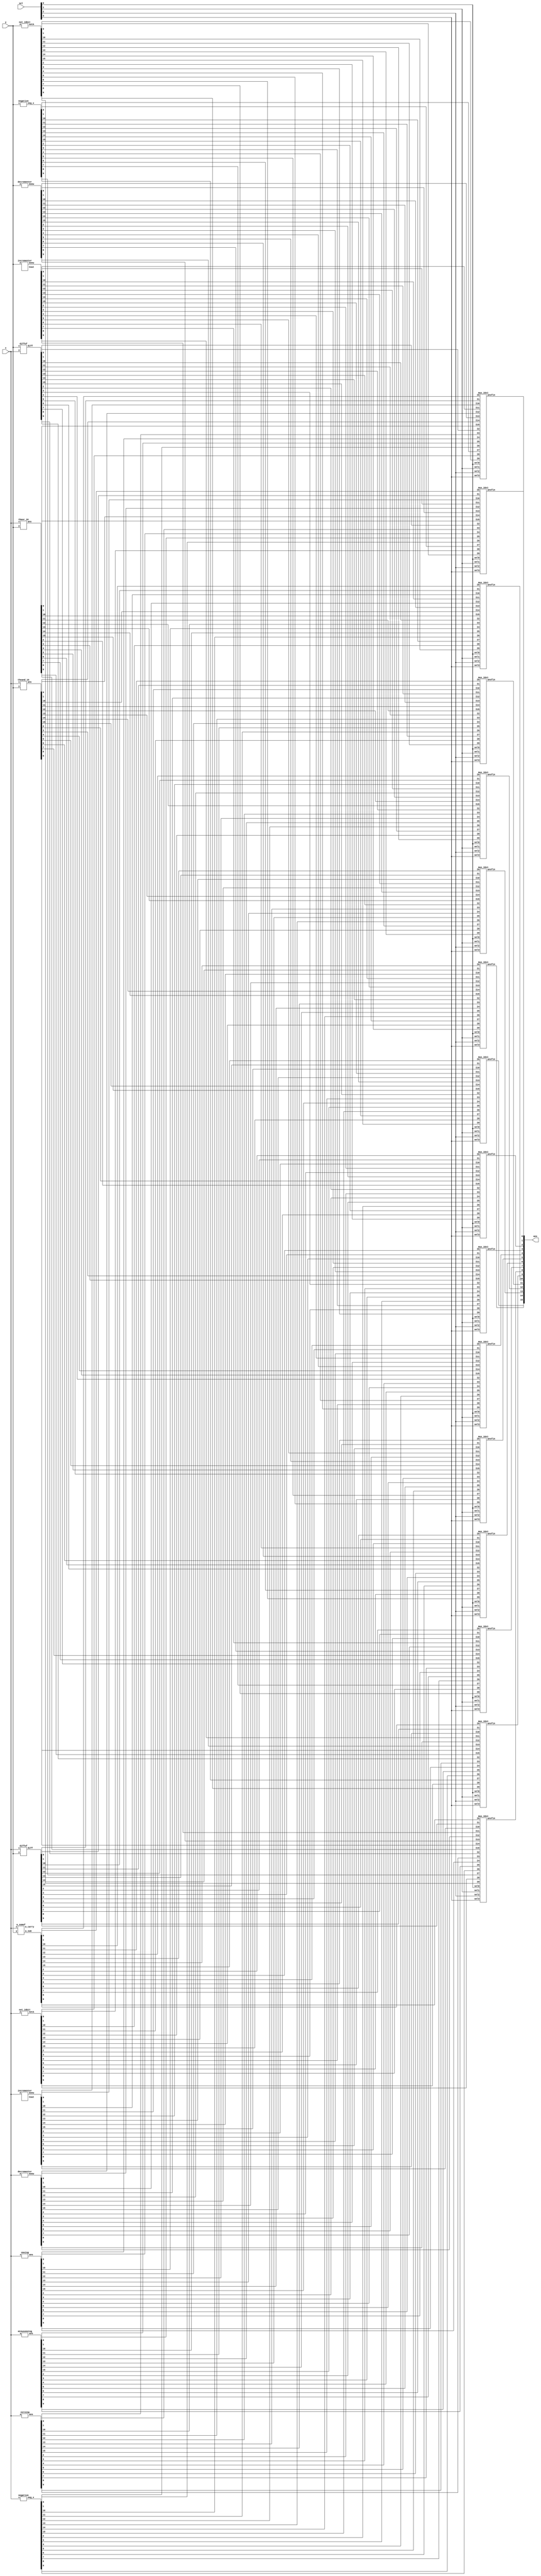
/*Here it is assumed that all operations are done on numbers in 2's complement form*/

////////////////////////////////////TOP MODULE////////////////////////////////////////////////////////////////////////////////

module ALU(x,y,sel,ans);
	input [15:0]x,y;
	input [3:0] sel;
	output [15:0] ans;

	
	wire [15:0] a_sum,b_diff,c_diff,d,e,f,g,h,i,j,k_ans,l_ans,m_ans,n_ans,o,p;
	wire a_carry,k_carry,l_carry;
	
	///Option a///
	a_sumof wer0(x,y,a_sum,a_carry);
	
	///Option b///
	diffof wer1(x,y,b_diff);
	
	///Option c///
	diffof wer2(y,x,c_diff);
	
	///Option d///
	zeroing wer3(d,x);
	
	///Option e///
	oneing wer4(e,x);
	
	///Option f///
	minusoneing wer5(f,x);
	
	///Option g///
	negation wer6(g,x);

	///Option h///
	negation wer7(h,y);
	
	///Option i///
	not_16bit wer8(x,i);
	
	///Option j///
	not_16bit wer9(y,j);
	
	///Option k///
	incrementer wer10(x,k_ans,k_carry);
	
	///Option l///
	incrementer wer11(y,l_ans,l_carry);
	
	///Option m///
	decrementer wer12(x,m_ans);
	
	///Option n///
	decrementer wer13(y,n_ans);
	
	///Option o///
	theand_16 wer14(o,x,y);
	
	///Option p///
	theor_16 wer15(p,x,y);
	
	////////For Selection///////
	mux_16x1 wer160(a_sum[0],b_diff[0],c_diff[0],d[0],e[0],f[0],g[0],h[0],i[0],j[0],k_ans[0],l_ans[0],m_ans[0],n_ans[0],o[0],p[0],sel[0],sel[1],sel[2],sel[3],ans[0]);
	mux_16x1 wer161(a_sum[1],b_diff[1],c_diff[1],d[1],e[1],f[1],g[1],h[1],i[1],j[1],k_ans[1],l_ans[1],m_ans[1],n_ans[1],o[1],p[1],sel[0],sel[1],sel[2],sel[3],ans[1]);
	mux_16x1 wer162(a_sum[2],b_diff[2],c_diff[2],d[2],e[2],f[2],g[2],h[2],i[2],j[2],k_ans[2],l_ans[2],m_ans[2],n_ans[2],o[2],p[2],sel[0],sel[1],sel[2],sel[3],ans[2]);
	mux_16x1 wer163(a_sum[3],b_diff[3],c_diff[3],d[3],e[3],f[3],g[3],h[3],i[3],j[3],k_ans[3],l_ans[3],m_ans[3],n_ans[3],o[3],p[3],sel[0],sel[1],sel[2],sel[3],ans[3]);
	
	mux_16x1 wer164(a_sum[4],b_diff[4],c_diff[4],d[4],e[4],f[4],g[4],h[4],i[4],j[4],k_ans[4],l_ans[4],m_ans[4],n_ans[4],o[4],p[4],sel[0],sel[1],sel[2],sel[3],ans[4]);
	mux_16x1 wer165(a_sum[5],b_diff[5],c_diff[5],d[5],e[5],f[5],g[5],h[5],i[5],j[5],k_ans[5],l_ans[5],m_ans[5],n_ans[5],o[5],p[5],sel[0],sel[1],sel[2],sel[3],ans[5]);
	mux_16x1 wer166(a_sum[6],b_diff[6],c_diff[6],d[6],e[6],f[6],g[6],h[6],i[6],j[6],k_ans[6],l_ans[6],m_ans[6],n_ans[6],o[6],p[6],sel[0],sel[1],sel[2],sel[3],ans[6]);
	mux_16x1 wer167(a_sum[7],b_diff[7],c_diff[7],d[7],e[7],f[7],g[7],h[7],i[7],j[7],k_ans[7],l_ans[7],m_ans[7],n_ans[7],o[7],p[7],sel[0],sel[1],sel[2],sel[3],ans[7]);

	mux_16x1 wer168(a_sum[8],b_diff[8],c_diff[8],d[8],e[8],f[8],g[8],h[8],i[8],j[8],k_ans[8],l_ans[8],m_ans[8],n_ans[8],o[8],p[8],sel[0],sel[1],sel[2],sel[3],ans[8]);
	mux_16x1 wer169(a_sum[9],b_diff[9],c_diff[9],d[9],e[9],f[9],g[9],h[9],i[9],j[9],k_ans[9],l_ans[9],m_ans[9],n_ans[9],o[9],p[9],sel[0],sel[1],sel[2],sel[3],ans[9]);
	mux_16x1 wer1610(a_sum[10],b_diff[10],c_diff[10],d[10],e[10],f[10],g[10],h[10],i[10],j[10],k_ans[10],l_ans[10],m_ans[10],n_ans[10],o[10],p[10],sel[0],sel[1],sel[2],sel[3],ans[10]);
	mux_16x1 wer1611(a_sum[11],b_diff[11],c_diff[11],d[11],e[11],f[11],g[11],h[11],i[11],j[11],k_ans[11],l_ans[11],m_ans[11],n_ans[11],o[11],p[11],sel[0],sel[1],sel[2],sel[3],ans[11]);
	
	mux_16x1 wer1612(a_sum[12],b_diff[12],c_diff[12],d[12],e[12],f[12],g[12],h[12],i[12],j[12],k_ans[12],l_ans[12],m_ans[12],n_ans[12],o[12],p[12],sel[0],sel[1],sel[2],sel[3],ans[12]);
	mux_16x1 wer1613(a_sum[13],b_diff[13],c_diff[13],d[13],e[13],f[13],g[13],h[13],i[13],j[13],k_ans[13],l_ans[13],m_ans[13],n_ans[13],o[13],p[13],sel[0],sel[1],sel[2],sel[3],ans[13]);
	mux_16x1 wer1614(a_sum[14],b_diff[14],c_diff[14],d[14],e[14],f[14],g[14],h[14],i[14],j[14],k_ans[14],l_ans[14],m_ans[14],n_ans[14],o[14],p[14],sel[0],sel[1],sel[2],sel[3],ans[14]);
	mux_16x1 wer1615(a_sum[15],b_diff[15],c_diff[15],d[15],e[15],f[15],g[15],h[15],i[15],j[15],k_ans[15],l_ans[15],m_ans[15],n_ans[15],o[15],p[15],sel[0],sel[1],sel[2],sel[3],ans[15]);
	
	/*mux_16x1 wer16carry(a_carry,1'bx,1'bx,1'bx,1'bx,1'bx,1'bx,1'bx,1'bx,1'bx,k_carry,l_carry,1'bx,1'bx,1'bx,1'bx,sel[0],sel[1],sel[2],sel[3],carry);*/


endmodule


//////////////////////////////////////(a) x+y////////////////////////////////////////////////////
module a_sumof(x,y,a_sum,a_carry);

	input [15:0]x,y;
	output a_carry;
	output [15:0] a_sum;
	
	wire c8;
	Adder_16bit AAAAddd(x,y,1'b0,a_sum,a_carry);
	
endmodule


module Adder_16bit(x,y,cin,a_sum,a_carry);
	input [15:0]x,y;
	input cin;
	output a_carry;
	output [15:0] a_sum;
	
	wire c8;
	
	ripple_carry_adder_8_bit RCA1(x[7:0],y[7:0],cin,a_sum[7:0],c8);
	ripple_carry_adder_8_bit RCA2(x[15:8],y[15:8],c8,a_sum[15:8],a_carry);
endmodule

////////////////////////////////////(b) x-y and (c) y-x////////////////////////////////////////////
module diffof(x,y,diff);	/*Considering max as 16 bit numbers*/

	input [15:0]x,y;
	output [15:0] diff;
	
	wire[15:0] noty;
	wire bout;
	not_16bit ghghgh1(y,noty);
	Adder_16bit Subtr(x,noty,1'b1,diff,bout);
	
endmodule

////////////////////////////////////(d) 0/////////////////////////////////////////////////////////
module zeroing(output[15:0] ans,input[15:0] a);

	theand_16 hereisand(ans,a,16'b0);
	
endmodule

////////////////////////////////////(e) 1//////////////////////////////////////////////////////////
module oneing(output [15:0] ans,input[15:0] x);
	org jnj(ans[0],x[0],1'b1);
	andg iamand1e(ans[1],x[1],1'b0);
	andg iamand2e(ans[2],x[2],1'b0);
	andg iamand3e(ans[3],x[3],1'b0);
	andg iamand4e(ans[4],x[4],1'b0);
	andg iamand5e(ans[5],x[5],1'b0);
	andg iamand6e(ans[6],x[6],1'b0);
	andg iamand7e(ans[7],x[7],1'b0);
	andg iamand8e(ans[8],x[8],1'b0);
	andg iamand9e(ans[9],x[9],1'b0);
	andg iamand10e(ans[10],x[10],1'b0);
	andg iamand11e(ans[11],x[11],1'b0);
	andg iamand12e(ans[12],x[12],1'b0);
	andg iamand13e(ans[13],x[13],1'b0);
	andg iamand14e(ans[14],x[14],1'b0);
	andg iamand15e(ans[15],x[15],1'b0);
endmodule
	
//////////////////////////////////// (f) -1 ////////////////////////////////////////////////////////
module minusoneing(output [15:0] ans,input[15:0] a);

	theor_16 hereor(ans,a,16'b1111_1111_1111_1111);
	
endmodule

/////////////////////////////////// (g) -x and (h)-y ///////////////////////////////////////////////
module negation(output[15:0] neg_x,input[15:0] x);

	wire [15:0] notx;
	wire cout;
	
	not_16bit gnotg1(x,notx);
	Adder_16bit gnotg2(notx,16'b1,1'b0,neg_x,cout);		/*Number is in 2's compement form*/
	
endmodule

////////////////////////////////////(i) !x and (j) !y /////////////////////////////////////////////
module not_16bit(input [15:0] A,output [15:0] notA);

	Negator_8bit nde1(A[7:0],notA[7:0]);
	Negator_8bit nde2(A[15:8],notA[15:8]);

endmodule

///////////////////////////////////(k) x+1 and (l) y+1 /////////////////////////////////////////////
module incrementer(A,Anew,Cout);
	input [15:0] A;
	output [15:0] Anew;
	output Cout;
	Adder_16bit ghgate1(A,16'b0,1'b1,Anew,Cout);
endmodule

/////////////////////////////////// (m) x-1 and (n) y-1/////////////////////////////////////////////////
module decrementer(A,Anew);	/*Considering max as 16 bit numbers*/
	input [15:0] A;
	output [15:0] Anew;
	wire bout;
	Adder_16bit ghgate2(A,16'b1111111111111111,1'b0,Anew,bout);
endmodule

////////////////////////////////////(o) x&y ///////////////////////////////////////////////////////
module theand_16(output [15:0]ans, input [15:0]x,y);
	andg iamand0(ans[0],x[0],y[0]);
	andg iamand1(ans[1],x[1],y[1]);
	andg iamand2(ans[2],x[2],y[2]);
	andg iamand3(ans[3],x[3],y[3]);
	andg iamand4(ans[4],x[4],y[4]);
	andg iamand5(ans[5],x[5],y[5]);
	andg iamand6(ans[6],x[6],y[6]);
	andg iamand7(ans[7],x[7],y[7]);
	andg iamand8(ans[8],x[8],y[8]);
	andg iamand9(ans[9],x[9],y[9]);
	andg iamand10(ans[10],x[10],y[10]);
	andg iamand11(ans[11],x[11],y[11]);
	andg iamand12(ans[12],x[12],y[12]);
	andg iamand13(ans[13],x[13],y[13]);
	andg iamand14(ans[14],x[14],y[14]);
	andg iamand15(ans[15],x[15],y[15]);
endmodule

////////////////////////////////////(p) x|y ///////////////////////////////////////////////////////
module theor_16(output [15:0]ans, input [15:0] x,y);
	org iamor0(ans[0],x[0],y[0]);
	org iamor1(ans[1],x[1],y[1]);
	org iamor2(ans[2],x[2],y[2]);
	org iamor3(ans[3],x[3],y[3]);
	org iamor4(ans[4],x[4],y[4]);
	org iamor5(ans[5],x[5],y[5]);
	org iamor6(ans[6],x[6],y[6]);
	org iamor7(ans[7],x[7],y[7]);
	org iamor8(ans[8],x[8],y[8]);
	org iamor9(ans[9],x[9],y[9]);
	org iamor10(ans[10],x[10],y[10]);
	org iamor11(ans[11],x[11],y[11]);
	org iamor12(ans[12],x[12],y[12]);
	org iamor13(ans[13],x[13],y[13]);
	org iamor14(ans[14],x[14],y[14]);
	org iamor15(ans[15],x[15],y[15]);
endmodule
	
///////////////////////////////////////////////////////////////////////////////////////////////
/////////////////////////////////FOR SELECTION/////////////////////////////////////////////////
///////////////////////////////////////////////////////////////////////////////////////////////

//////////////16x1 MULTIPLEXER////////////////////
module mux_16x1(I0,I1,I2,I3,I4,I5,I6,I7,I8,I9,I10,I11,I12,I13,I14,I15,sel0,sel1,sel2,sel3,ansfin);
	input I0,I1,I2,I3,I4,I5,I6,I7,I8,I9,I10,I11,I12,I13,I14,I15,sel0,sel1,sel2,sel3;
	output ansfin;
	
	wire mux1,mux2;
	
	mux_8x1 zgate1(I0,I1,I2,I3,I4,I5,I6,I7,sel0,sel1,sel2,mux1);
	mux_8x1 zgate2(I8,I9,I10,I11,I12,I13,I14,I15,sel0,sel1,sel2,mux2);
	Mux_2x1 zgate3(mux1,mux2,sel3,ansfin);

endmodule

//////////////8X1 MULTIPLEXER//////////////////////
module mux_8x1(I0,I1,I2,I3,I4,I5,I6,I7,sel0,sel1,sel2,ansfin);
	
	//INPUT AND OUTPUT DECLARATIONS
	input  I0,I1,I2,I3,I4,I5,I6,I7,sel0,sel1,sel2;
	output ansfin;
	
	wire w0,w1;
	
	//using previous muxes
	Mux_4x1 M0(I0,I1,I2,I3,sel1,sel0,w0);
	Mux_4x1 M1(I4,I5,I6,I7,sel1,sel0,w1);
	Mux_2x1 M2(w0,w1,sel2,ansfin);
	
endmodule

///////////////2x1 MULTIPLEXER///////////////////
module Mux_2x1(data0,data1,select,out);

	//INPUT OUTPUT DECLARATIONS
	input data0,data1,select;
	output out;
	
	wire notsel,w0,w1;
	
	//NOT GATE
	notg N1(notsel,select);
	
	//AND GATES
	andg A0(w0,notsel,data0);
	andg A1(w1,select,data1);
	
	//FINAL OUTPUT
	org O(out,w0,w1);
	
endmodule

//////////////4X1 MULTIPLEXER//////////////////////
module Mux_4x1(data0,data1,data2,data3,s1,s0,out);

	//INPUT OUTPUT DECLARATIONS
	input data0,data1,data2,data3,s1,s0;
	output out;
	
	wire w0,w1;
	
	//using 2x1 muxes
	Mux_2x1 M0(data0,data1,s0,w0);
	Mux_2x1 M1(data2,data3,s0,w1);
	Mux_2x1 M3(w0,w1,s1,out);

endmodule

///////////////////////////////////////////////////////////////////////////////////////////////
////////////////////////////////////OTHER REQ MODULES//////////////////////////////////////////
///////////////////////////////////////////////////////////////////////////////////////////////

///8 bit negator///////
module  Negator_8bit(input [7:0] A,output [7:0] notA);

	Negator_4bit gghatee1(A[3:0],notA[3:0]);
	Negator_4bit gghatee2(A[7:4],notA[7:4]);

endmodule

////////////4 bit negator////////
module  Negator_4bit(input [3:0] A,output [3:0] notA);

	Negator_2bit ggatee1(A[1:0],notA[1:0]);
	Negator_2bit ggatee2(A[3:2],notA[3:2]);

endmodule

////////2 bit negator/////////	
module Negator_2bit(input [1:0]A,output [1:0] notA);
	notg gatee1(notA[1],A[1]);
	notg gatee2(notA[0],A[0]);
endmodule


///////////HALF ADDER////////////////

module half_adder(a,b,sum,carry);

	input a,b;
	output sum,carry;
	andg A(carry,a,b);
	xorg X(sum,a,b);

endmodule

///////////FULL ADDER///////////////

module full_adder(m,n,cin,s,c);

	input m,n,cin;
	output c,s;
	wire p,q,r;
	
	half_adder HA0(.a(m),.b(n),.sum(p),.carry(q));
	half_adder HA1(.a(p),.b(cin),.sum(s),.carry(r));
	org O(c,q,r);
	
endmodule

/////////////RIPPLE CARRY ADDER 8 BIT///////////////
module ripple_carry_adder_8_bit(A,B,Cin,Sum,c8);
	
	//INPUT AND OUTPUT DECLARATIONS
	input [7:0] A,B;
	input Cin;
	output c8;
	output [7:0] Sum;
	wire c1,c2,c3,c4,c5,c6,c7;
	
	//Operations
	full_adder FA0(.m(A[0]),.n(B[0]),.cin(Cin),.s(Sum[0]),.c(c1));
	full_adder FA1(.m(A[1]),.n(B[1]),.cin(c1),.s(Sum[1]),.c(c2));
	full_adder FA2(.m(A[2]),.n(B[2]),.cin(c2),.s(Sum[2]),.c(c3));
	full_adder FA3(.m(A[3]),.n(B[3]),.cin(c3),.s(Sum[3]),.c(c4));
	full_adder FA4(.m(A[4]),.n(B[4]),.cin(c4),.s(Sum[4]),.c(c5));
	full_adder FA5(.m(A[5]),.n(B[5]),.cin(c5),.s(Sum[5]),.c(c6));
	full_adder FA6(.m(A[6]),.n(B[6]),.cin(c6),.s(Sum[6]),.c(c7));
	full_adder FA7(.m(A[7]),.n(B[7]),.cin(c7),.s(Sum[7]),.c(c8));
	
endmodule 

///GATES///
///////XOR GATE////////
module xorg(output ans,input a,b);

	wire w1,w2,w3;
	nand t1(w1,a,b);
	nand t2(w2,a,w1);
	nand t3(w3,b,w1);
	nand t4(ans,w2,w3);
	
endmodule 

////AND GATE////
module andg(output ans,input a,b);

	wire w1;
	nand h1(w1,a,b);
	nand h2(ans,w1,w1);

endmodule

//////OR GATE////
module org(output ans,input a,b);

	wire nota,notb;
	notg f1(nota,a);
	notg f2(notb,b);
	nand f3(ans,nota,notb);
	
endmodule
	
////////NOT GATE/////	
module notg(output ans,input a);

	nand g1(ans,a,a);
	
endmodule